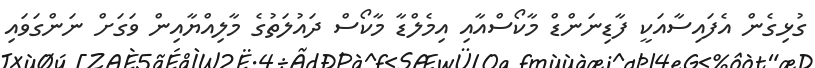
ގުޅިގެން އެފައިސާއަކީ ފާޑިނަންޑް މާކޯސްއާއި އިމެލްޑާ މާކޯސް ދައުލަތުގެ މާލިއްޔާއިން ވަގަށް ނަންގަވައި